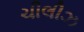
ચીલીઝ